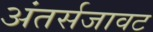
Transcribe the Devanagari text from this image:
अंतर्सजावट